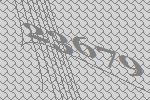
23679